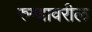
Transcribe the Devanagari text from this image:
रुग्णावरील